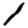
Digit: 1